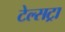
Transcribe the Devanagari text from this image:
टेल्‍सट्रा